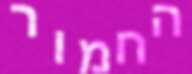
החמור